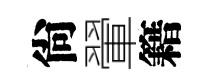
尙翬籍